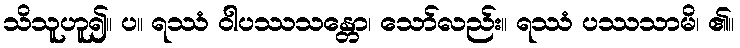
သိသူဟူ၍။ ပ။ ရဿံ ဝါပဿသန္တော၊ သော်လည်း။ ရဿံ ပဿသာမိ၊ ၏။